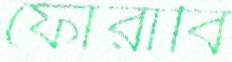
ফোরাবি